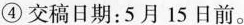
④交稿日期：5月15日前。